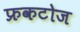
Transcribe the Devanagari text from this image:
फ्रकटोज